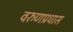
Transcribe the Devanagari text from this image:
वरुणप्रधास